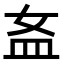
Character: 𥁅